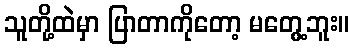
သူတို့ထဲမှာ ပြာတာကိုတော့ မတွေ့ဘူး။